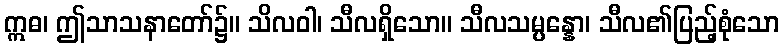
ဣဓ၊ ဤသာသနာတော်၌။ သိလဝါ၊ သီလရှိသော။ သီလသမ္ပန္နော၊ သီလ၏ပြည့်စုံသော